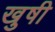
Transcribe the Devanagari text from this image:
खुषी